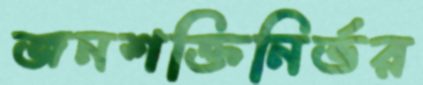
জনশক্তিনির্ভর